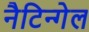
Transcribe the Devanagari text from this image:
नैटिन्गेल